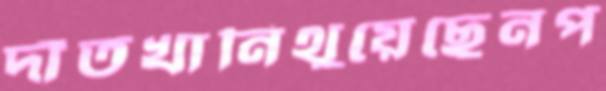
দাঁতখানিথুয়েছেনপ